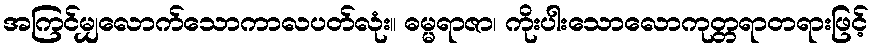
အကြင်မျှလောက်သောကာလပတ်လုံး။ ဓမ္မရာဇာ၊ ကိုးပါးသောလောကုတ္တရာတရားဖြင့်